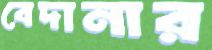
বেদানার